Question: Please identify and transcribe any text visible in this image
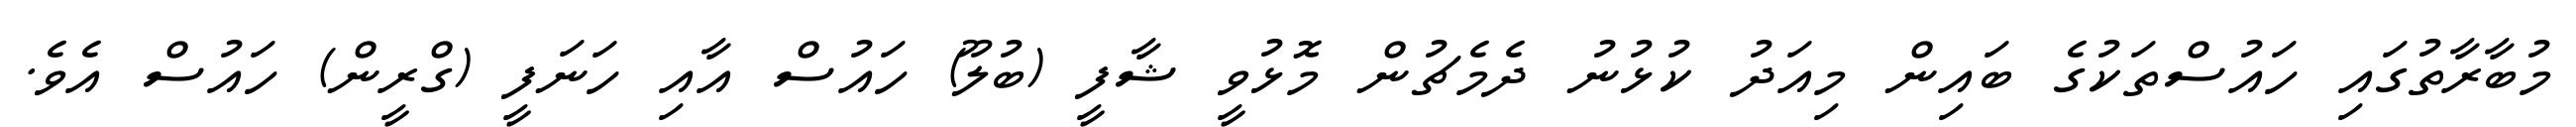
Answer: މުބާރާތުގައި ހައުސްތަކުގެ ބައިން މިއަދު ކުޅުނު ދެމެޗުން މޮޅުވީ ޝާފީ (ބުލޫ) ހައުސް އާއި ހަނަފީ (ގްރީން) ހައުސް އެވެ.